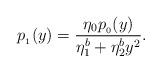
LaTeX: \begin{align*}p_{_1}(y) = \frac{\eta_0 p_{_0}(y)}{\eta_1^b + \eta_2^b y^2}.\end{align*}